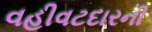
વહીવટદારની